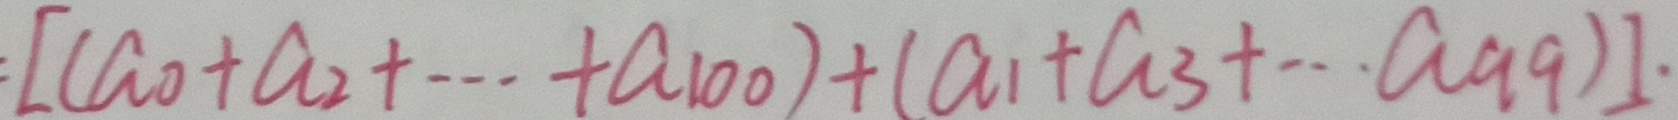
[ ( a _ { 0 } + a _ { 2 } + \cdots + a _ { 1 0 0 } ) + ( a _ { 1 } + a _ { 3 } + \cdots + a _ { 9 9 } ) ] \cdot